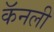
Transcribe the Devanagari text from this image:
कॅनली